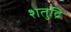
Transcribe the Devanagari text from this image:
शतुद्रि